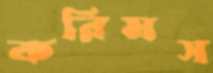
করিমস